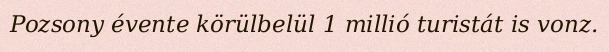
Pozsony évente körülbelül 1 millió turistát is vonz.